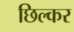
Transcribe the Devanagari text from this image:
छिल्कर